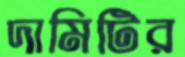
দামিটির